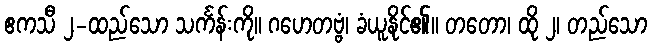
ဧကသီ ၂-ထည်သော သင်္ကန်းကို။ ဂဟေတဗ္ဗံ၊ ခံယူနိုင်၏။ တတော၊ ထို ၂၊ တည်သော